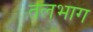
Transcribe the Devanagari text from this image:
तलभाग